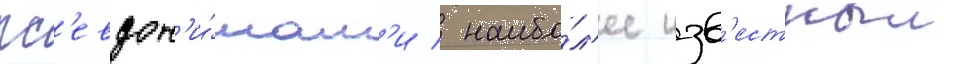
пс'евдон'и́мам'и / наибо́л'ее изв'естныи